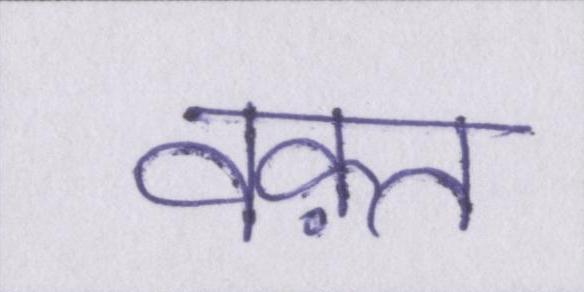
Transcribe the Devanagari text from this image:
वक़्त